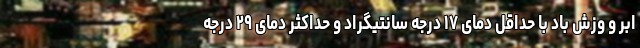
ابر و وزش باد با حداقل دمای ۱۷ درجه سانتیگراد و حداکثر دمای ۲۹ درجه